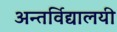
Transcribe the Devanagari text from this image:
अन्तर्विद्यालयी